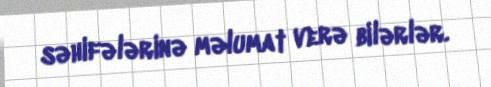
səhifələrinə məlumat verə bilərlər.